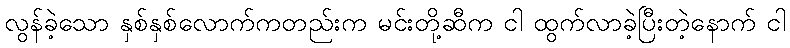
လွန်ခဲ့သော နှစ်နှစ်လောက်ကတည်းက မင်းတို့ဆီက ငါ ထွက်လာခဲ့ပြီးတဲ့နောက် ငါ